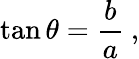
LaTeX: \tan\theta={\frac{b}{a}}\ ,